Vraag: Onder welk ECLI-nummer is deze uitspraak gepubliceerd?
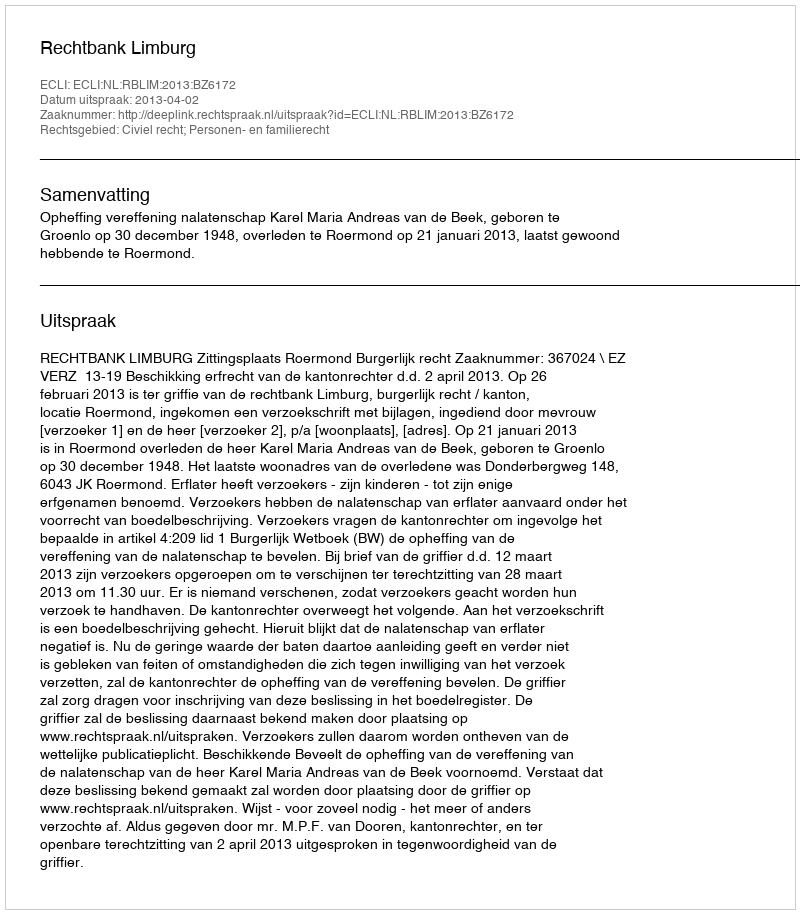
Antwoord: ECLI:NL:RBLIM:2013:BZ6172